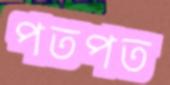
পতপত